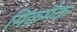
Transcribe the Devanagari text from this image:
मिकमैक